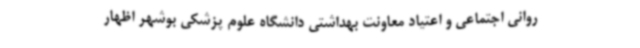
روانی اجتماعی و اعتیاد معاونت بهداشتی دانشگاه علوم پزشکی بوشهر اظهار